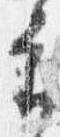
審